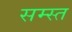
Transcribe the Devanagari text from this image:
सम्स्त